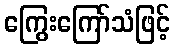
ကြွေးကြော်သံဖြင့်